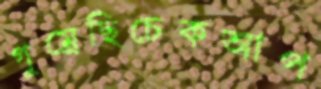
গুম্‌রেছিচেকআপ